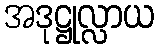
အဒုဋ္ဌုလ္လာယ